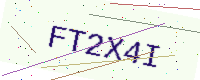
Text: FT2X4I